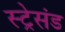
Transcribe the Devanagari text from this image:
स्ट्रेसंड